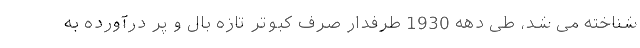
شناخته می شد، طی دهه 1930 طرفدار صرف کبوتر تازه بال و پر درآورده به